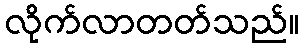
လိုက်လာတတ်သည်။